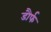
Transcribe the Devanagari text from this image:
डौर्फ